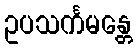
ဥပသင်္ကမန္တေ